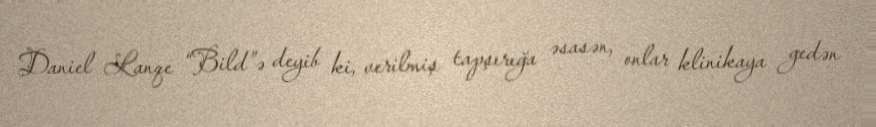
Daniel Lanqe “Bild”ə deyib ki, verilmiş tapşırığa əsasən, onlar klinikaya gedən